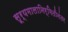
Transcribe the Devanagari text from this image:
सूर्यमालानिर्मितीनंतर